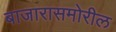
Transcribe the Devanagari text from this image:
बाजारासमोरील